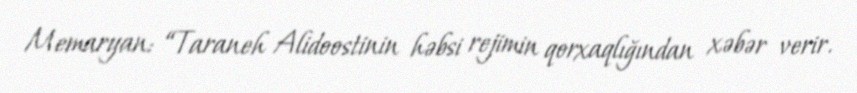
Memaryan: “Taraneh Alidoostinin həbsi rejimin qorxaqlığından xəbər verir.